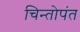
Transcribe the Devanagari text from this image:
चिन्तोपंत